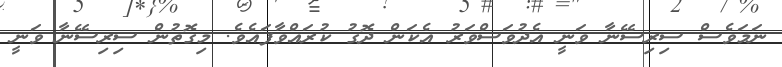
ނަމަވެސް ސިރިސޭނާ ވަނީ އެދުވަސްވަރު އެކަން ދޮގު ކުރައްވާފައެވެ. މިގޮތުން ސިރިސޭނާ ވަނީ